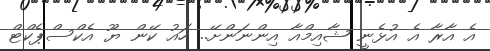
އެ އާރާ އެ އުޅެނީ ޝާއިމްއާ އިންނަންށޭ.. ހައު ކޭން ޔޫ އެކްސްޕެކްޓް